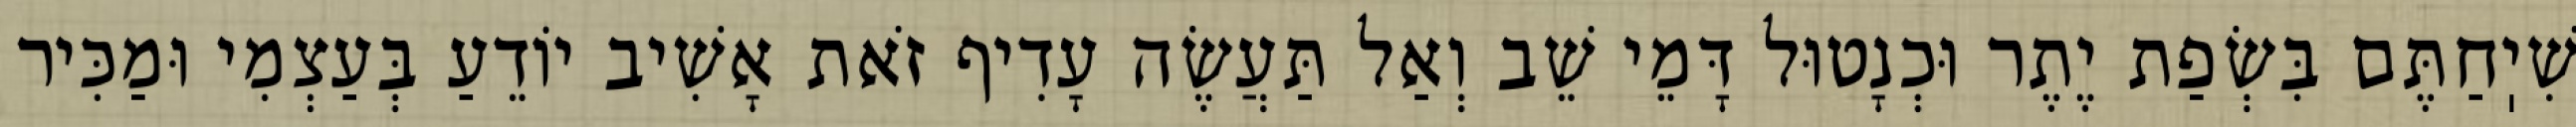
שִׁיֽחַתֶּם בִּשְׂפַת יֶתֶר וּכְנָטוּל דָּמֵי שֵׁב וְאַל תַּעֲשֶׂה עָדִיף זֹאת אָשִׁיב יוֹדֵעַ בְּעַצְמִי וּמַכִּיר